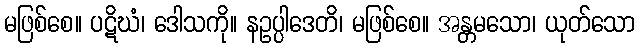
မဖြစ်စေ။ ပဋိဃံ၊ ဒေါသကို။ နဥပ္ပါဒေတိ၊ မဖြစ်စေ။ အန္တမသော၊ ယုတ်သော